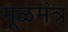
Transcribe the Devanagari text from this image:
मूळमंत्र